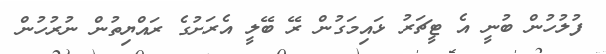
ފުލުހުން ބުނީ އެ ޓީޗަރު ޅައިމަގުން ރޭ ބޭލީ އެރަށުގެ ރައްޔިތުން ނުރުހުން